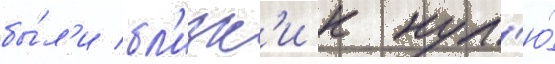
бы́л'и бл'изк'и к нул'ю́